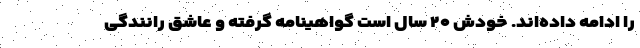
را ادامه داده‌اند. خودش ۲۰ سال است گواهینامه گرفته و عاشق رانندگی